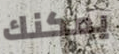
يمكنك